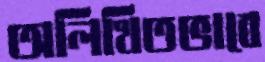
অলিখিতভাবে